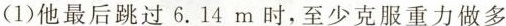
（1）他最后跳过6.14m时，至少克服重力做多